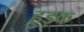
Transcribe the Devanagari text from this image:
हुड़क